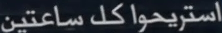
استريحواكلساعتين